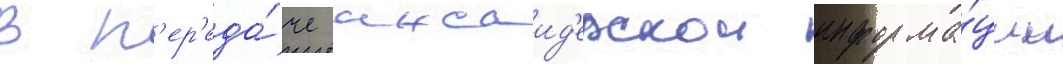
в п'ер'еда́че инсаид'ерскои информа́ции